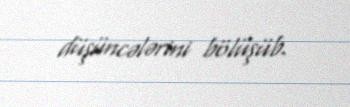
düşüncələrini bölüşüb.